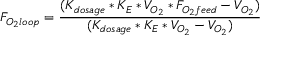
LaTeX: F _ { O _ { 2 } l o o p } = { \frac { ( K _ { d o s a g e } * K _ { E } * V _ { O _ { 2 } } * F _ { O _ { 2 } f e e d } - V _ { O _ { 2 } } ) } { ( K _ { d o s a g e } * K _ { E } * V _ { O _ { 2 } } - V _ { O _ { 2 } } ) } }